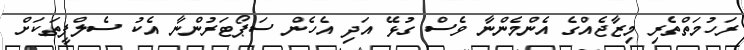
ރަހުމަތްތެރި މިޒާޖެއްގެ އެންމެންނާ ވެސް ގުޅޭ އަދި އެހެން ސަޕޯޓަރުންނާ އެކު ސެލްފީތަކަށް